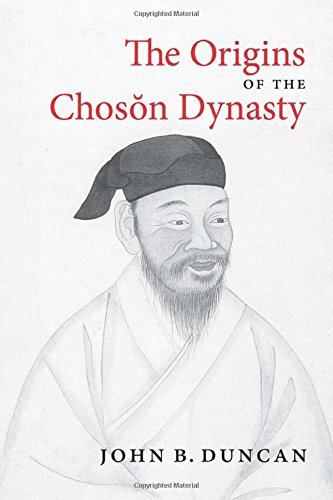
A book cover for The Origins of the Choson Dynasty (Korean Studies of the Henry M. Jackson School of International Studies); John Duncan; History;